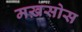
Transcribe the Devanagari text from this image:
मख़सोस